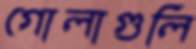
গোলাগুলি